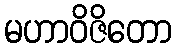
မဟာဝိဇိတော